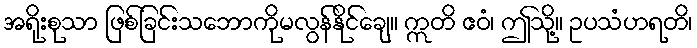
အရိုးစုသာ ဖြစ်ခြင်းသဘောကိုမလွန်နိုင်ချေ။ ဣတိ ဧဝံ၊ ဤသို့။ ဥပသံဟရတိ၊